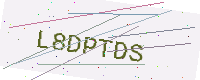
Text: L8DPTDS